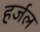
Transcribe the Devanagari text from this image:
हर्जल